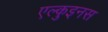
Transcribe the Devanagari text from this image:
एल्कुइनस